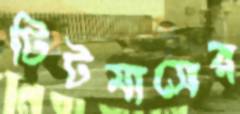
টিটমাসের